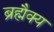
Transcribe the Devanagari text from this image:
ब्रह्मैक्य